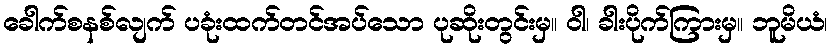
ခေါက်စနစ်လျက် ပခုံးထက်တင်အပ်သော ပုဆိုးတွင်းမှ။ ဝါ၊ ခါးပိုက်ကြားမှ။ ဘူမိယံ၊